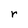
Character: r